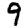
Digit: 9